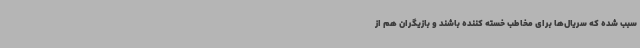
سبب شده که سریال‌ها برای مخاطب خسته‌ کننده باشند و بازیگران هم از